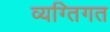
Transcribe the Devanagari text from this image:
व्यग्तिगत